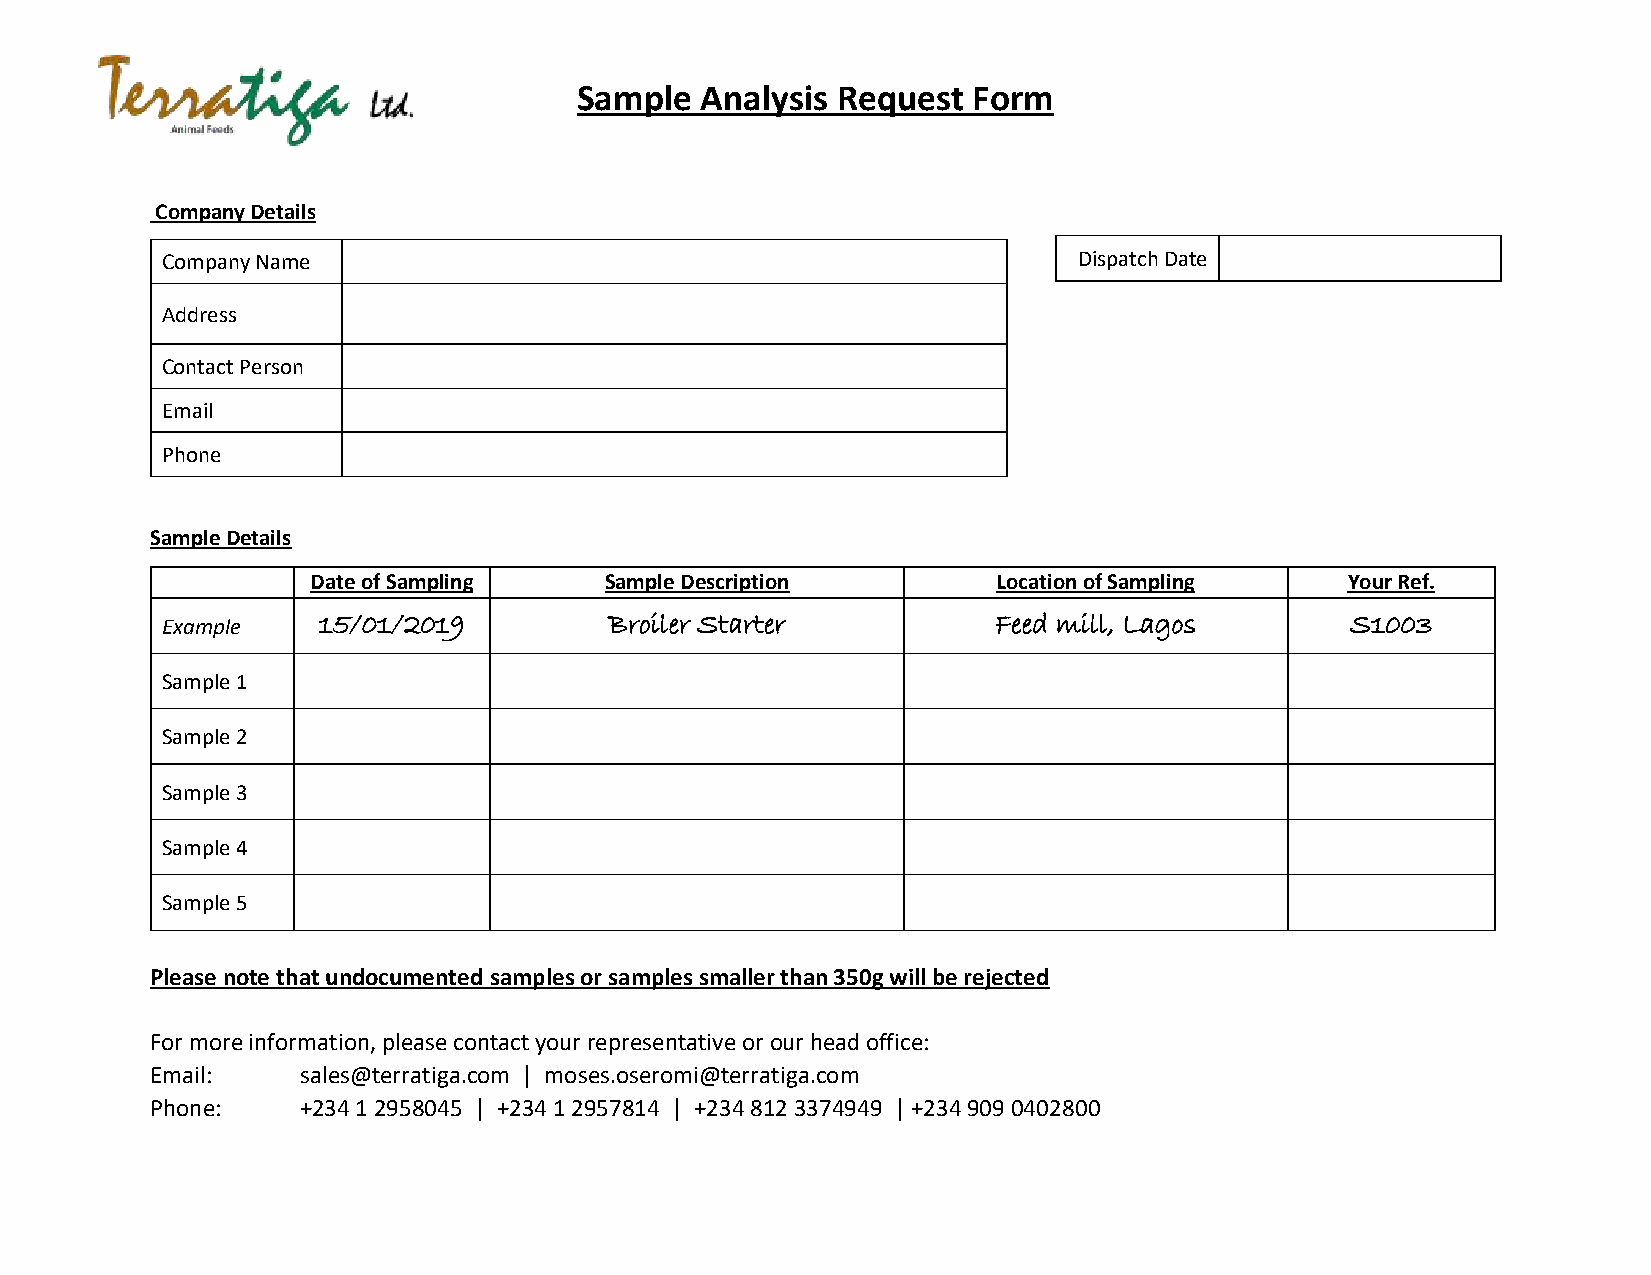
Sample  Analysis Request  Form
 Company Details
 Company Name                                                Dispatch Date
 Address
 Contact Person
 Email
 Phone
 Sample Details
 Date of Sampling   Sample Description        Location of Sampling   Your Ref.
 Example   15/01/2019         Broiler Starter           Feed mill, Lagos       S1003
 Sample 1
 Sample 2
 Sample 3
 Sample 4
 Sample 5
 Please note that undocumented samples or samples smaller than 350g will be rejected
 For more information, please contact your representative or our head office:
 Email:    sales@terratiga.com | moses.oseromi@terratiga.com
 Phone:    +234 1 2958045 | +234 1 2957814 | +234 812 3374949 | +234 909 0402800